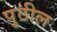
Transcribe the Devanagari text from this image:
पुठील